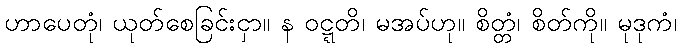
ဟာပေတုံ၊ ယုတ်စေခြင်းငှာ။ န ဝဋ္ဋတိ၊ မအပ်ဟု။ စိတ္တံ၊ စိတ်ကို။ မုဒုကံ၊